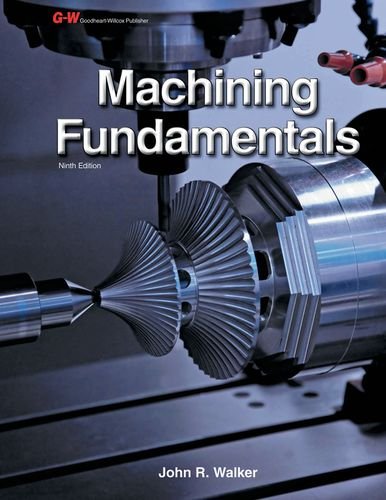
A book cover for Machining Fundamentals; John R. Walker; Engineering & Transportation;